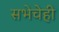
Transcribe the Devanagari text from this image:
सभेचेही